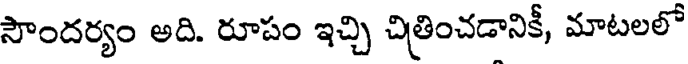
సౌందర్యం అది. రూపం ఇచ్చి చిత్రించడానికీ, మాటలలో